Vaccination Hyderabad 1872-1889 - 1872-1889
Year: 1872
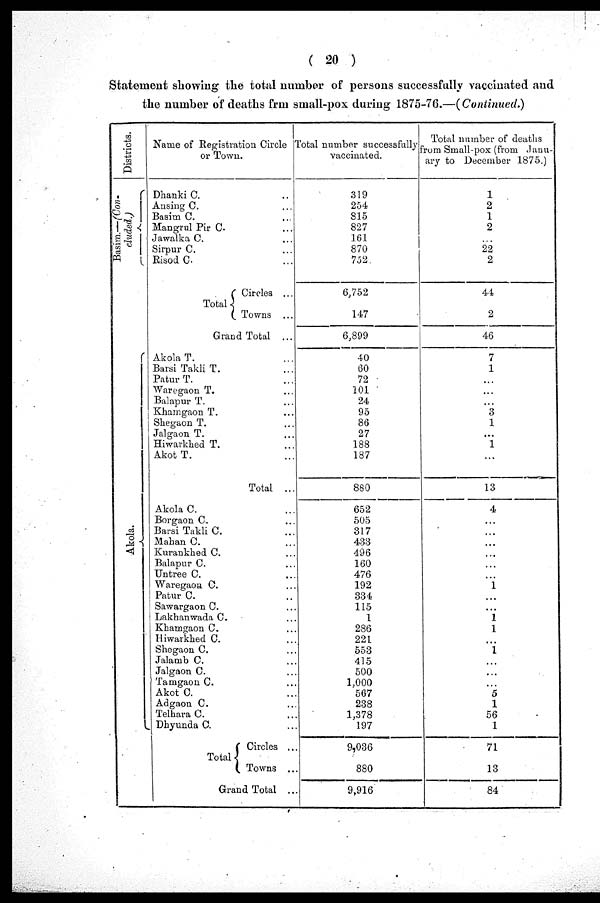
( 20 )
Statement showing the total number of persons successfully vaccinated and
the number of deaths frm small-pox during 1875-76.—(Continued.)
Districts.
Basim.—(Con-
cluded.)
Akola.
Name of Registration Circle
or Town.
Dhanki C. ...
Ansing C. ...
Basim C. ...
Mangrul Pir C. ...
Jawalka C.
Sirpur C.
Risod C.
Total
Circles ...
Towns ...
Grand Total ...
Akola T. ...
Barsi Takli T. ...
Patur T. ...
Waregaon T. ...
Balapur T. ...
Khamgaon T. ...
Shegaon T. ...
Jalgaon T. ...
Hiwarkhed T. ...
Akot T. ...
Total ...
Akola C.
Borgaon C. ...
Barsi Takli C. ...
Mahan C. ...
Kurankhed C. ...
Balapur C. ...
Untree C. ...
Waregaon C. ...
Patur C. ...
Sawargaon C. ...
Lakhanwada C. ...
Khamgaon C. ...
Hiwarkhed C. ...
Shegaon C. ...
Jalamb C. ...
Jalgaon C. ...
Tamgaon C. ...
Akot C. ...
Adgaon C. ...
Telhara C. ...
Dhyunda C.
Total
Circles ...
Towns ...
Grand Total .
Total number successfully
vaccinated.
319
254
815
827
161
870
752.
6,752
147
6,899
40
60
72
101
24
95
86
27
188
187
880
652
505
317
433
496
160
476
192
334
115
1
286
221
553
415
500
1,000
567
238
1,378
197
9,036
880
9,916
Total number of deaths
from Small-pox (from Janu-
ary to December 1875.)
1
2
1
2
...
22
2
44
2
46
7
1
...
...
...
3
1
...
1
...
13
4
...
...
...
...
...
...
1
...
...
1
1
...
1
...
...
...
5
1
56
1
71
13
84